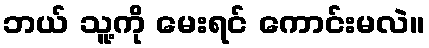
ဘယ် သူ့ကို မေးရင် ကောင်းမလဲ။